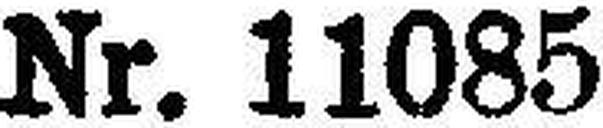
Nr. 11085